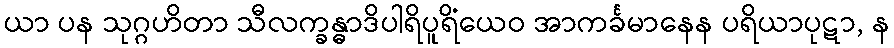
ယာ ပန သုဂ္ဂဟိတာ သီလက္ခန္ဓာဒိပါရိပူရိံယေဝ အာကင်္ခမာနေန ပရိယာပုဋာ, န